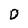
Character: D